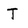
Character: T